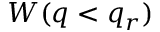
W ( q < q _ { r } )